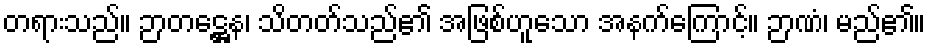
တရားသည်။ ဉာတဋ္ဌေန၊ သိတတ်သည်၏ အဖြစ်ဟူသော အနက်ကြောင့်။ ဉာဏံ၊ မည်၏။